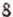
8